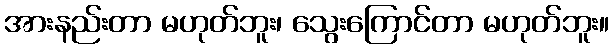
အားနည်းတာ မဟုတ်ဘူး၊ သွေးကြောင်တာ မဟုတ်ဘူး။